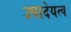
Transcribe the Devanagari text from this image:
उपादेयत्व